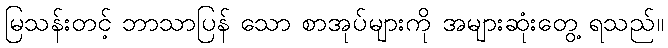
မြသန်းတင့် ဘာသာပြန် သော စာအုပ်များကို အများဆုံးတွေ့ ရသည်။